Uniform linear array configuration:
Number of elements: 32
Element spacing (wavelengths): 0.75
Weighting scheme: blackman
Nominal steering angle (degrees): -30
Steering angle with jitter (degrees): -28.673
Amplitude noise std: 0.05
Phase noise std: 0.05

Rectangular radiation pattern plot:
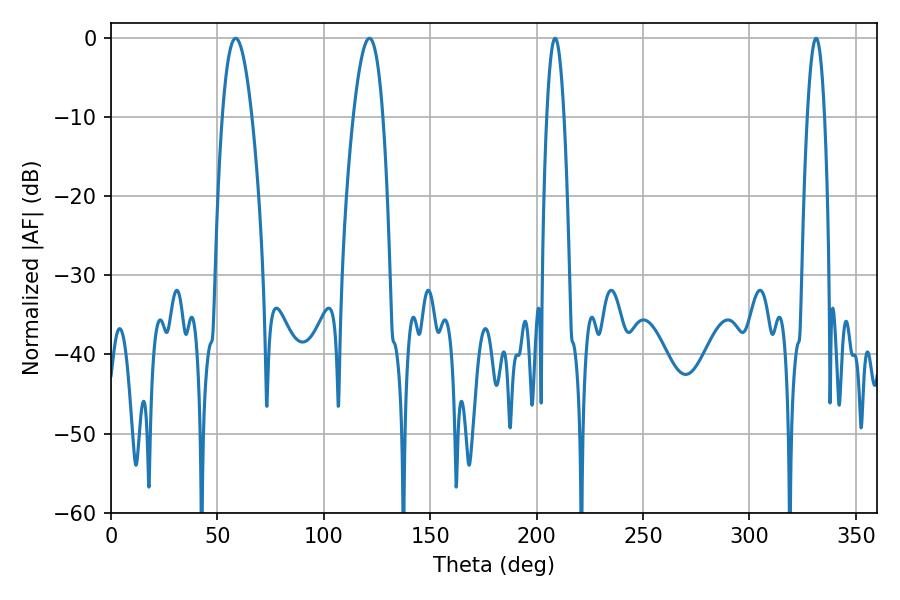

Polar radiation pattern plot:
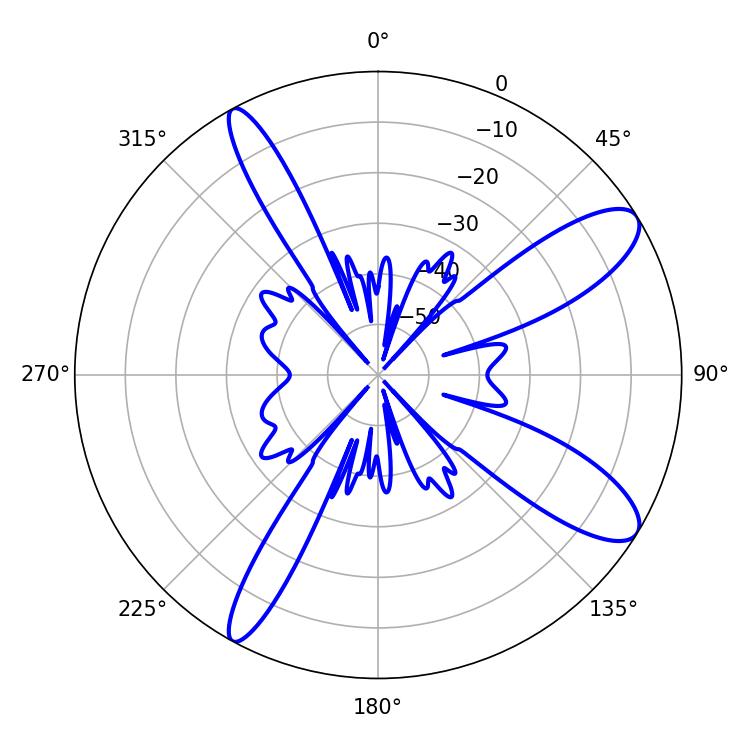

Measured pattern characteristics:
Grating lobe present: TRUE
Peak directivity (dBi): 10.846
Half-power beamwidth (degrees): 7.74
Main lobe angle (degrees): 58.5